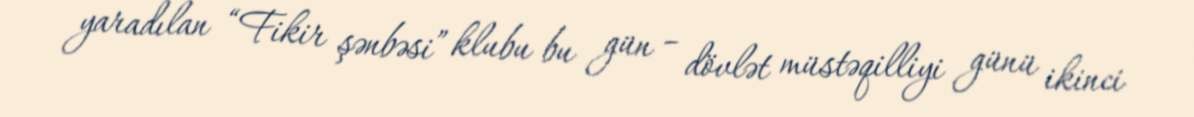
yaradılan “Fikir şənbəsi” klubu bu gün – dövlət müstəqilliyi günü ikinci